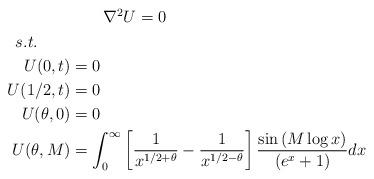
LaTeX: \begin{align*}\begin{aligned}&\qquad\nabla^2 U=0\\s.t.\qquad&\\U(0,t)&=0\\U(1/2,t)&=0\\U(\theta,0)&=0\\U(\theta,M)&=\int_{0}^{\infty} \left[\frac{1}{x^{1/2+\theta}}-\frac{1}{x^{1/2-\theta}}\right]\frac{\sin\left(M\log x\right) }{\left(e^{x}+1\right)}dx\\\end{aligned}\end{align*}